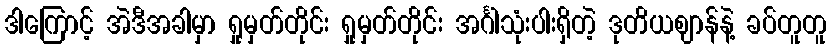
ဒါကြောင့် အဲဒီအခါမှာ ရှုမှတ်တိုင်း ရှုမှတ်တိုင်း အင်္ဂါသုံးပါးရှိတဲ့ ဒုတိယဈာန်နဲ့ ခပ်တူတူ